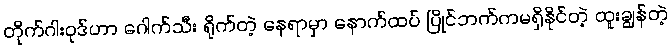
တိုက်ဂါးဝုဒ်ဟာ ဂေါက်သီး ရိုက်တဲ့ နေရာမှာ နောက်ထပ် ပြိုင်ဘက်ကမရှိနိုင်တဲ့ ထူးချွန်တဲ့